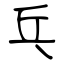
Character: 乓